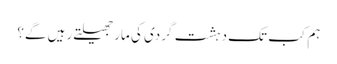
ہم کب تک دہشت گردی کی مار جھیلتے رہیں گے؟